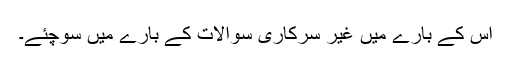
اس کے بارے میں غیر سرکاری سوالات کے بارے میں سوچئے۔